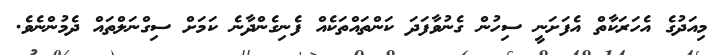
މިއަދުގެ އެހަރަކާތް އެފަށަނީ ސިހުން ގެނުވާފަދަ ކަންތައްތަކެއް ފެނިގެންދާނެ ކަމަށް ސިގްނަލްތައް ދެމުންނެވެ.